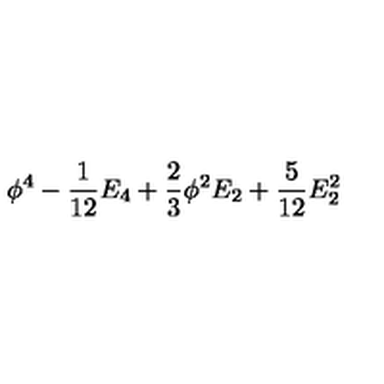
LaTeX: \phi ^ { 4 } - { \frac { 1 } { 1 2 } } E _ { 4 } + { \frac { 2 } { 3 } } \phi ^ { 2 } E _ { 2 } + { \frac { 5 } { 1 2 } } E _ { 2 } ^ { 2 }